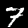
Digit: 7